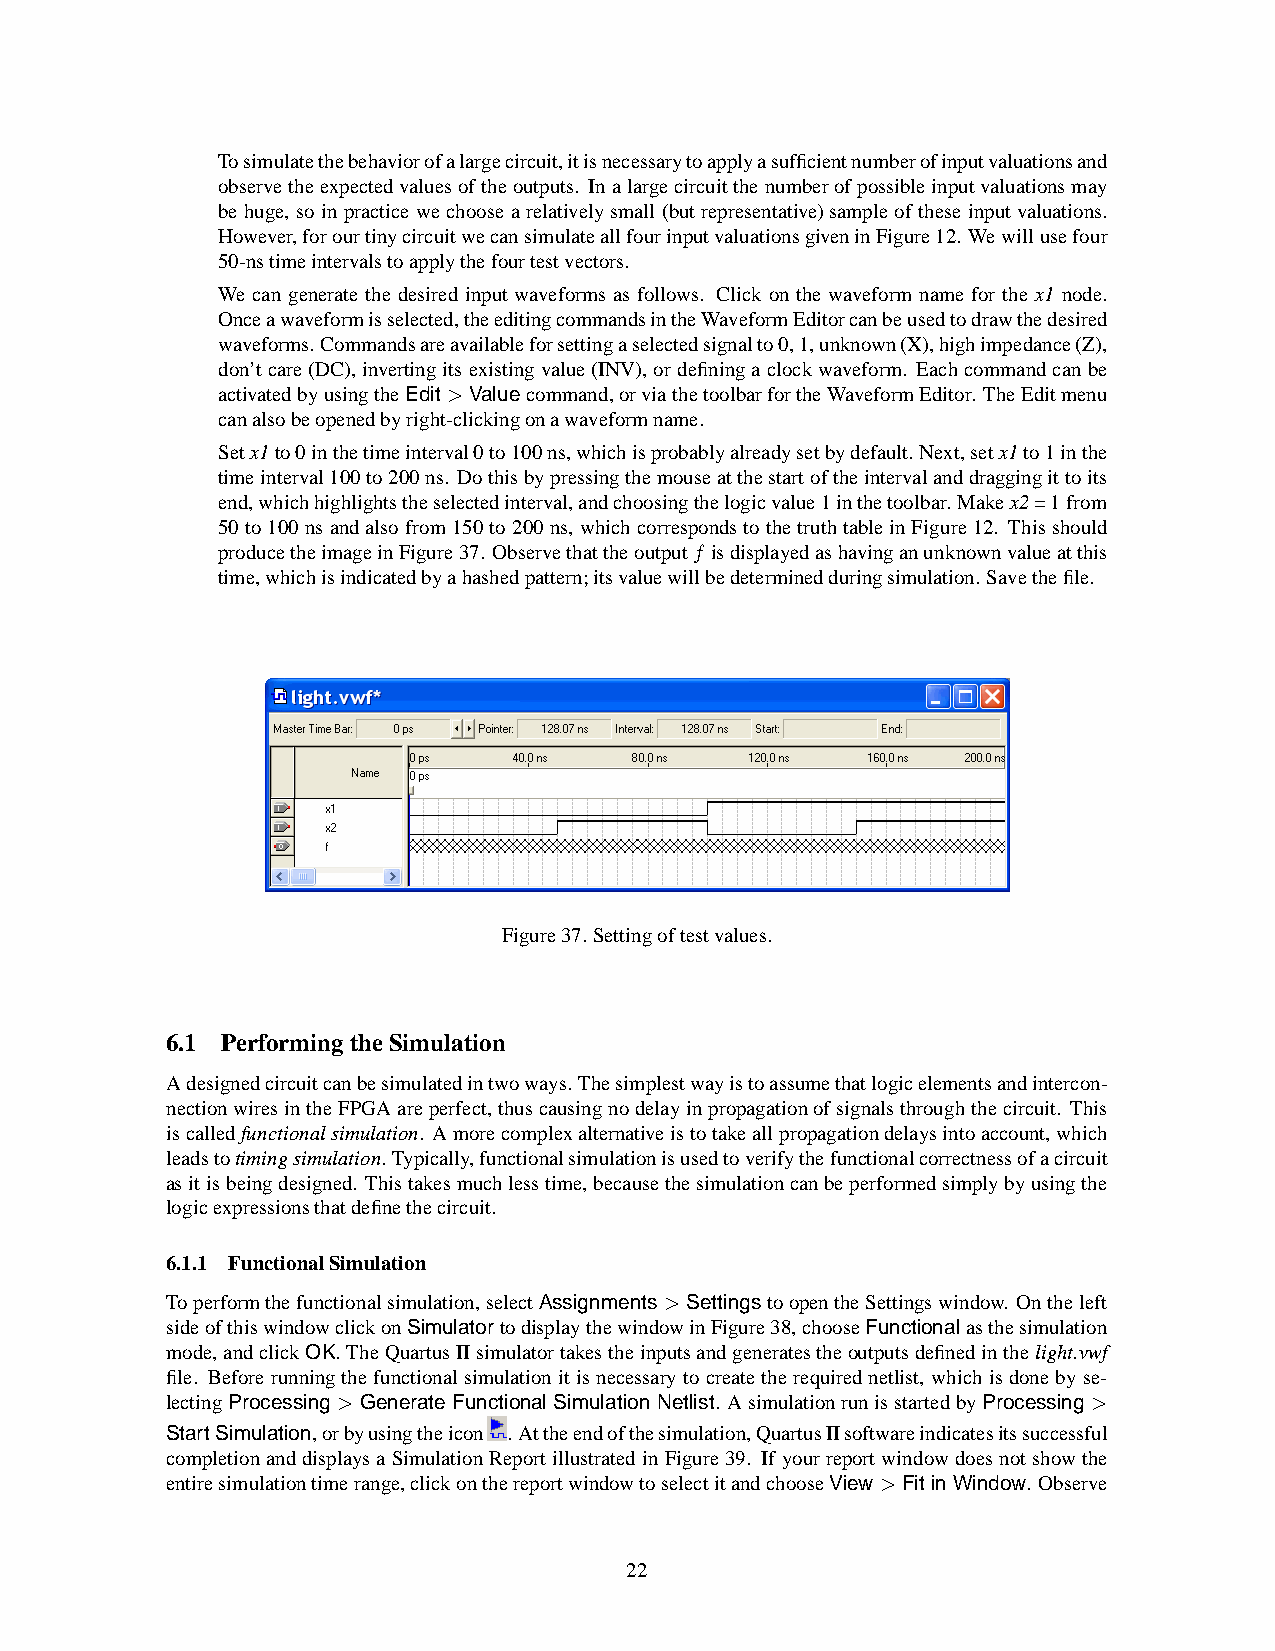
Tosimulatethebehaviorofalargecircuit,itisnecessarytoapplyasufficientnumberofinputvaluationsand
 observetheexpectedvaluesoftheoutputs. Inalargecircuitthenumberofpossibleinputvaluationsmay
 be huge, so in practice we choose a relativelysmall (butrepresentative)sample of these inputvaluations.
 However,forourtinycircuitwecansimulateallfourinputvaluationsgiveninFigure12. Wewillusefour
 50-nstimeintervalstoapplythefourtestvectors.
 We can generate the desired input waveforms as follows. Click on the waveform name for the x1 node.
 Onceawaveformisselected,theeditingcommandsintheWaveformEditorcanbeusedtodrawthedesired
 waveforms.Commandsareavailableforsettingaselectedsignalto0,1,unknown(X),highimpedance(Z),
 don’tcare (DC),invertingits existingvalue(INV),or defininga clockwaveform. Eachcommandcan be
 activatedbyusingtheEdit >Valuecommand,orviathetoolbarfortheWaveformEditor. TheEditmenu
 canalsobeopenedbyright-clickingonawaveformname.
 Setx1to0inthetimeinterval0to100ns,whichisprobablyalreadysetbydefault. Next,setx1to1inthe
 timeinterval100to200ns. Dothisbypressingthemouseatthestartoftheintervalanddraggingittoits
 end,whichhighlightstheselectedinterval,andchoosingthelogicvalue1inthetoolbar. Makex2=1from
 50 to100nsandalso from150to 200ns, whichcorrespondsto thetruthtable in Figure12. Thisshould
 producetheimageinFigure37. Observethattheoutputf isdisplayedashavinganunknownvalueatthis
 time,whichisindicatedbyahashedpattern;itsvaluewillbedeterminedduringsimulation.Savethefile.
 Figure37. Settingoftestvalues.
 6.1 Performing theSimulation
 Adesignedcircuitcanbesimulatedintwoways. Thesimplestwayistoassumethatlogicelementsandintercon-
 nectionwiresintheFPGA areperfect,thuscausingnodelayinpropagationofsignalsthroughthecircuit. This
 iscalledfunctionalsimulation. Amorecomplexalternativeistotakeallpropagationdelaysintoaccount,which
 leadstotimingsimulation.Typically,functionalsimulationisusedtoverifythefunctionalcorrectnessofacircuit
 asitisbeingdesigned. Thistakesmuchlesstime,becausethesimulationcanbeperformedsimplybyusingthe
 logicexpressionsthatdefinethecircuit.
 6.1.1 FunctionalSimulation
 Toperformthefunctionalsimulation,selectAssignments > SettingstoopentheSettingswindow. Ontheleft
 sideofthiswindowclickonSimulatortodisplaythewindowinFigure38,chooseFunctionalasthesimulation
 mode,andclickOK.TheQuartusIIsimulatortakestheinputsandgeneratestheoutputsdefinedinthelight.vwf
 file. Beforerunningthe functionalsimulation itis necessary to createthe requirednetlist, which is donebyse-
 lectingProcessing> GenerateFunctional Simulation Netlist. AsimulationrunisstartedbyProcessing>
 StartSimulation,orbyusingtheicon .Attheendofthesimulation,QuartusIIsoftwareindicatesitssuccessful
 completionanddisplaysa SimulationReportillustrated in Figure 39. If yourreportwindowdoesnotshow the
 entiresimulationtimerange,clickonthereportwindowtoselectitandchooseView >FitinWindow. Observe
 22